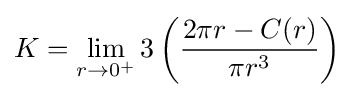
K=\lim _{r\to 0^{+}}3\left({\frac {2\pi r-C(r)}{\pi r^{3}}}\right)